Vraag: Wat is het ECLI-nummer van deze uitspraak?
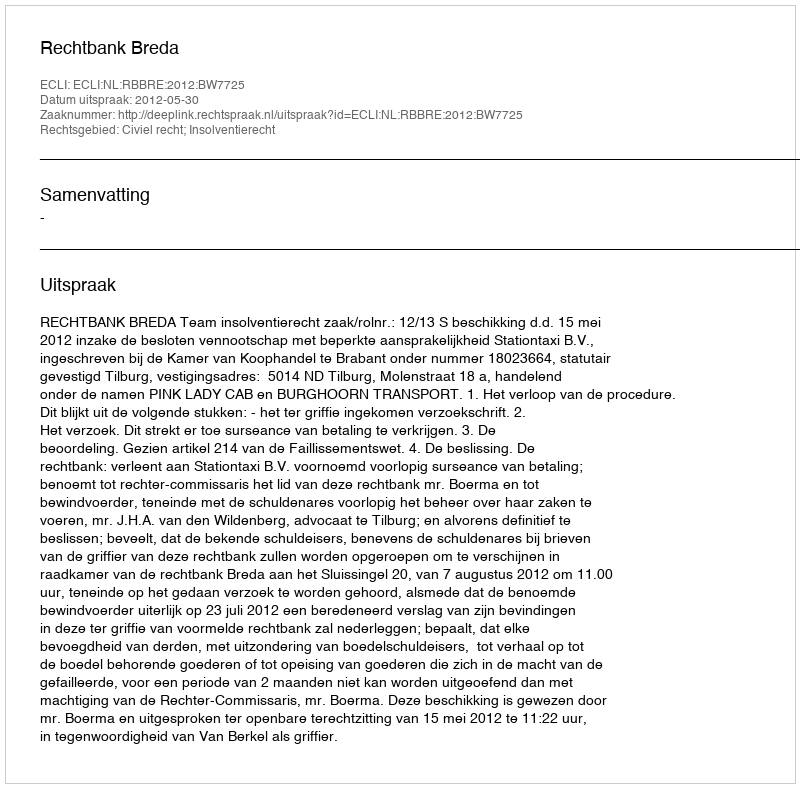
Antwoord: ECLI:NL:RBBRE:2012:BW7725